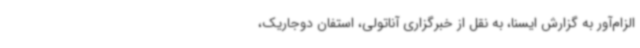
الزام‌آور به گزارش ایسنا، به نقل از خبرگزاری آناتولی، استفان دوجاریک،